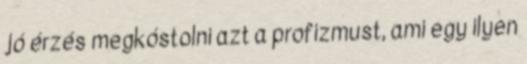
jó érzés megkóstolni azt a profizmust, ami egy ilyen